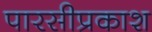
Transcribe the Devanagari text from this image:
पारसीप्रकाश